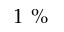
1 \ \%